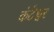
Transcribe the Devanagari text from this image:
कंटेश्वर